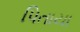
પિતાયા